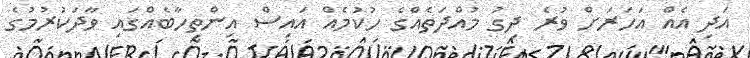
އަދި އެއް އަހަރަށް ވުރެ ދިގު މުއްދަތެއްގެ ހުކުމެއް އައިސް އިންތިހާބެއްގައި ވާދަކުރުމުގެ